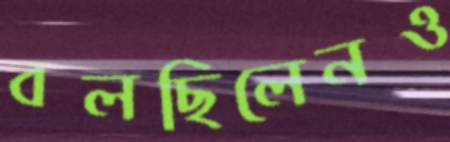
বলছিলেনও